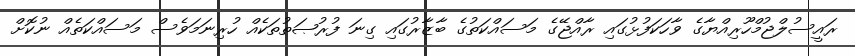
ރައީސުލްޖުމްހޫރިއްޔާގެ ވާހަކަފުޅުގައި ރާއްޖޭގެ މަސައްކަތުގެ ބާޒާރުގައި ގިނަ ފުރުޞަތުތަކެއް ހުރިނަމަވެސް މަސައްކަތެއް ނުކޮށް